Indian Civil Veterinary Department memoirs
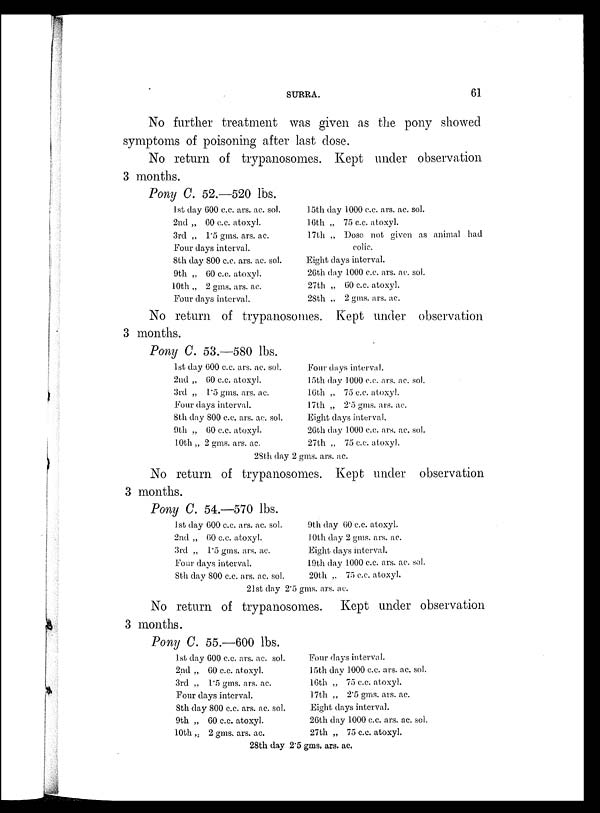
SURRA.
61
No further treatment was given as the pony showed
symptoms of poisoning after last dose.
No return of trypanosomes. Kept under observation
3 months.
Pony C. 52.—520 lbs.
1st day 600 c.c. ars. ac. sol.
2nd „ 60 c.c. atoxyl.
3rd „ 1.5 gms. ars. ac.
Four days interval.
8th day 800 c.c. ars. ac. sol.
9th „ 60 c.c. atoxyl.
10th „ 2 gms. ars. ac.
Four days interval.
15th day 1000 c.c. ars. ac. sol.
16th „ 75 c.c. atoxyl.
17th „ Dose not given as animal had
colic.
Eight days interval.
26th day 1000 c.c. ars. ac. sol.
27th „ 60 c.c. atoxyl.
28th „ 2 gms. ars. ac.
No return of trypanosomes. Kept under observation
3 months.
Pony C. 53.—580 lbs.
1st day 600 c.c. ars. ac. sol.
2nd „ 60 c.c. atoxyl.
3rd „ 1.5 gms. ars. ac.
Four days interval.
8th day 800 c.c. ars. ac. sol.
9th „ 60 c.c. atoxyl.
10th „ 2 gms. ars. ac.
Four days interval.
15th day 1000 c.c. ars. ac. so).
16th „ 75 c.c. atoxyl.
17th „ 2.5 gms. ars. ac.
Eight days interval.
26th day 1000 c.c. ars. ac. sol.
27th „ 75 c.c. atoxyl.
28th day 2 gms. ars. ac.
No return of trypanosomes. Kept under observation
3 months.
Pony C. 54.—570 lbs.
1st day 600 c.c. ars. ac. sol.
2nd „ 60 c.c. atoxyl.
3rd „ 1.5 gms. ars. ac.
Four days interval.
8th day 800 c.c. ars. ac. sol.
9th day 60 c.c. atoxyl.
10th day 2 gms. ars. ac.
Eight days interval.
19th day 1000 c.c. ars. ac. sol.
20th „ 75 c.c. atoxyl.
21st day 2'5 gms. ars. ac.
No return of trypanosomes. Kept under observation
3 months.
Pony C. 55.—600 lbs.
1st day 600 c.c. ars. ac. sol.
2nd „ 60 c.c. atoxyl.
3rd „ 1.5 gms. ars. ac.
Four days interval.
8th day 800 c.c. ars. ac. sol.
9th „ 60 c.c. atoxyl.
10th „ 2 gms. ars. ac.
Four days interval.
15th day 1000 c.c. ars. ac. sol.
16th „ 75 c.c. atoxyl.
17th „ 2.5 gms. ars. ac.
Eight days interval.
26th day 1000 c.c. ars. ac. sol.
27th „ 75 c.c. atoxyl.
28th day 2.5 gms. ars. ac.